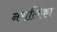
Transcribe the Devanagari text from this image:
नरालिका